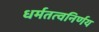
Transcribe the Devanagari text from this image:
धर्मतत्वनिर्णय